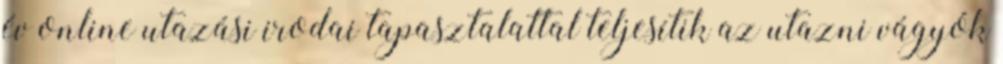
év online utazási irodai tapasztalattal teljesítik az utazni vágyók